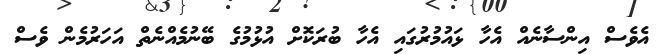
އެވެސް އިންސާނެއް އެހާ ޅައުމުރުގައި އެހާ ބުރަކޮށް އުޅުމުގެ ބޭނުމެއްނެތް އަހަރުމެން ވެސް